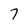
Character: 7